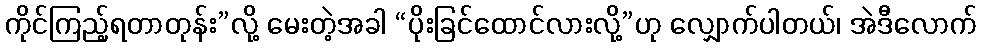
ကိုင်ကြည့်ရတာတုန်း”လို့ မေးတဲ့အခါ “ပိုးခြင်ထောင်လားလို့”ဟု လျှောက်ပါတယ်၊ အဲဒီလောက်